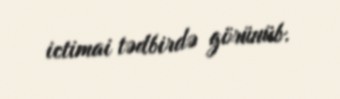
ictimai tədbirdə görünüb.